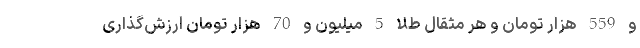
و 559 هزار تومان و هر مثقال طلا 5 میلیون و 70 هزار تومان ارزش‌گذاری